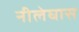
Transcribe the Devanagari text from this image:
नीलेघास